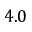
4 . 0